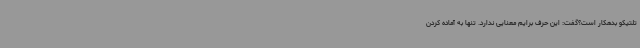
تلتیکو بدهکار است؟گفت: این حرف برایم معنایی ندارد. تنها به آماده کردن